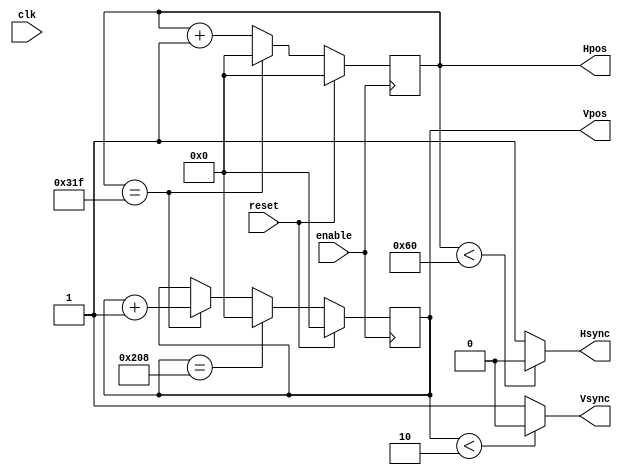
`timescale 1ns / 1ps
//////////////////////////////////////////////////////////////////////////////////
// Company: 
// Engineer: 
// 
// Design Name: 
// Module Name:    Vga 
// Project Name: 
// Target Devices: 
// Tool versions: 
// Description: Vga sync singal and the pixel's balayage position producer
//                      Need improvement, should add a port called valid to informe the modules succeed
//                      And resolve all the out of scream probleme in this module
//								
//
// Dependencies: 
//
// Revision: 
// Revision 0.01 - File Created
// Additional Comments: 
//
//////////////////////////////////////////////////////////////////////////////////
module Vga(
    input reset,
    input enable,
    input clk,
    output reg Hsync,
    output reg Vsync,
    output [10:0] Hpos,
    output [10:0] Vpos
    );

    wire carry;
	 wire NoUsed;
	 reg [1:0] divid;
	 
	 localparam HsyncPulseTime=800;
	 //localparam HsyncPulseTime=10;
	 localparam HDisplayTime=640;
	 localparam HVSpulseWidth=96;
	 //localparam HVSpulseWidth=2;
	 localparam HVSfrontPorch=16;
	 localparam HVSbackPorch=48;
	 
	 localparam VsyncPulseTime=521;
	 //localparam VsyncPulseTime=10;
	 localparam VDisplayTime=480;
	 localparam VVSpulseWidth=2;
	 localparam VVSfrontPorch=10;
	 localparam VVSbackPorch=29;
	 
	 /*Counter #(.UPPER(HsyncPulseTime)) HsyncCnt(.clk(clk),.reset(reset),.enable(enable),.cnt(Hpos),.carry(carry));
	 
	 //Counter #(.UPPER(HsyncPulseTime*2)) Vsub(.clk(clk),.reset(reset),.enable(enable),.cnt(),.carry(carry));
	 Counter #(.UPPER(VsyncPulseTime)) VsyncCnt(.clk(clk),.reset(reset),.enable(carry),.cnt(Vpos),.carry());
	 */
	 
	 reg [10:0] regHCnt;
	 reg [10:0] regVCnt;
	 assign Vpos=regVCnt;
	 assign Hpos=regHCnt;
	 
	 always@(posedge enable)begin
		if(reset)
			regHCnt<=0;
		else if(regHCnt == HsyncPulseTime-1)
			regHCnt<=0;
		else 
			regHCnt<=regHCnt+1;
	 end
	 
	 always@(posedge enable)begin
		if(reset)
			regVCnt<=0;
		else if(regVCnt == VsyncPulseTime-1)
			regVCnt<=0;
		else if(regHCnt == HsyncPulseTime-1)
			regVCnt<=regVCnt+1;
		else
			regVCnt<=regVCnt;
	 end
	 
/*	 assign Hsync = (regHCnt < HVSpulseWidth) ? 1'b0: 1'b1;
	 assign Vsync = (regVCnt < VVSpulseWidth) ? 1'b0:1'b1;*/
	 
	 always@(*) begin
		if (Hpos<HVSpulseWidth)
			Hsync=0;
		else 	
			Hsync=1;
	 end
	 
	 always@(*) begin
		if (Vpos<VVSpulseWidth)
			Vsync=0;
		else 
			Vsync=1;
	 end
	


endmodule